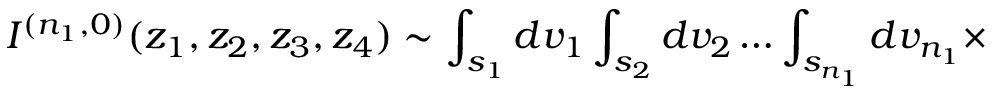
I ^ { ( n _ { 1 } , 0 ) } ( z _ { 1 } , z _ { 2 } , z _ { 3 } , z _ { 4 } ) \sim \int _ { s _ { 1 } } d v _ { 1 } \int _ { s _ { 2 } } d v _ { 2 } \ldots \int _ { s _ { n _ { 1 } } } d v _ { n _ { 1 } } \times